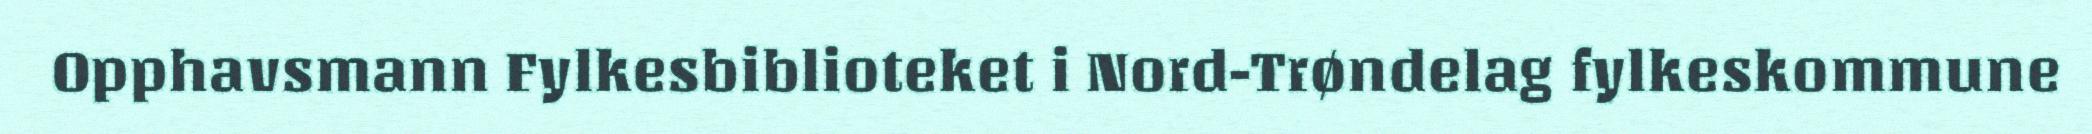
Opphavsmann Fylkesbiblioteket i Nord-Trøndelag fylkeskommune